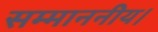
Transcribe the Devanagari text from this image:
सम्माननीय।